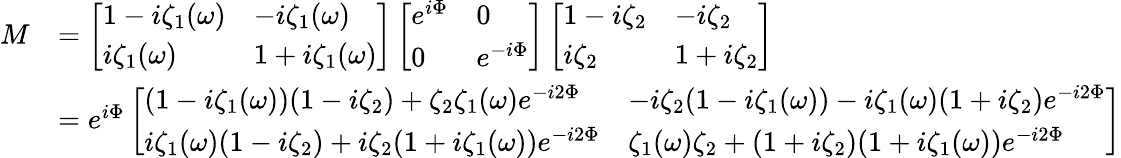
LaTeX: \begin{array}{rl}{M}&{=\left[\begin{array}{ll}{1-i\zeta_{1}(\omega)}&{-i\zeta_{1}(\omega)}\\ {i\zeta_{1}(\omega)}&{1+i\zeta_{1}(\omega)}\end{array}\right]\left[\begin{array}{ll}{e^{i\Phi}}&{0}\\ {0}&{e^{-i\Phi}}\end{array}\right]\left[\begin{array}{ll}{1-i\zeta_{2}}&{-i\zeta_{2}}\\ {i\zeta_{2}}&{1+i\zeta_{2}}\end{array}\right]}\\ &{=e^{i\Phi}\left[\begin{array}{ll}{(1-i\zeta_{1}(\omega))(1-i\zeta_{2})+\zeta_{2}\zeta_{1}(\omega)e^{-i2\Phi}}&{-i\zeta_{2}(1-i\zeta_{1}(\omega))-i\zeta_{1}(\omega)(1+i\zeta_{2})e^{-i2\Phi}}\\ {i\zeta_{1}(\omega)(1-i\zeta_{2})+i\zeta_{2}(1+i\zeta_{1}(\omega))e^{-i2\Phi}}&{\zeta_{1}(\omega)\zeta_{2}+(1+i\zeta_{2})(1+i\zeta_{1}(\omega))e^{-i2\Phi}}\end{array}\right]}\end{array}